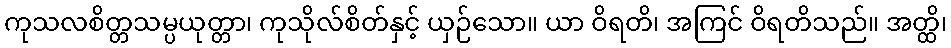
ကုသလစိတ္တသမ္ပယုတ္တာ၊ ကုသိုလ်စိတ်နှင့် ယှဉ်သော။ ယာ ဝိရတိ၊ အကြင် ဝိရတိသည်။ အတ္ထိ၊